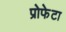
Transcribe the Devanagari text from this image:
प्रोफेटा